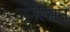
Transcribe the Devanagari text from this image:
जर्नल्सने